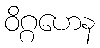
ဝိဂ္ဂဟေန